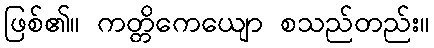
ဖြစ်၏။ ကတ္တိကေယျော စသည်တည်း။